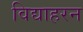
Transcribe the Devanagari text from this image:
विद्याहरन